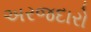
અરજદારો